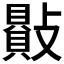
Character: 𣀕